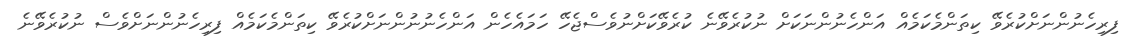
ފިރިހެނުންނަށްކުރެވޭ ކިތަންމެކަމެއް އަންހެނުންނަކަށް ނުކުރެވޭނެ ކުރެވޭކަށްނުވެސްޖެހޭ ހަމައެހެން އަންހެނުނުންނަށްކުރެވޭ ކިތަންމެކަމެއް ފިރިހެނުންނަށްވެސް ނުކުރެވޭނެ